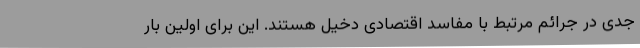
جدی در جرائم مرتبط با مفاسد اقتصادی دخیل هستند. این برای اولین بار